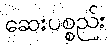
ဆေးပစ္စည်း